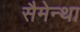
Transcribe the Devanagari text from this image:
सैमेन्था